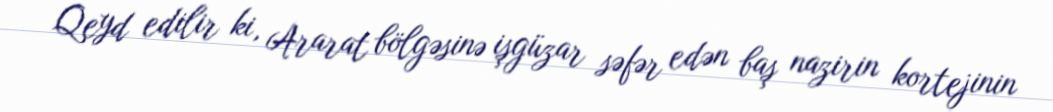
Qeyd edilir ki, Ararat bölgəsinə işgüzar səfər edən baş nazirin kortejinin